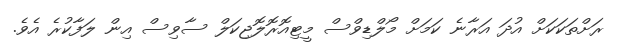
ރަށްތަކަކަށް އުދަ އަރާނެ ކަމަށް މޯލްޑިވްސް މީޓިއޮރޮލޮޖިކަލް ސާވިސް އިން ލަފާކުރެ އެވެ.